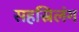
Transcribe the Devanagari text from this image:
सहस्रिलंग